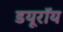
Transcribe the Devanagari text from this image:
डयूरॉय